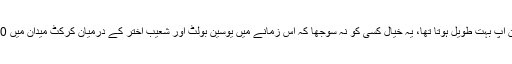
ویسے شعیب اختر کا باؤلنگ رن اپ بہت طویل ہوتا تھا، یہ خیال کسی کو نہ سوجھا کہ اس زمانے میں یوسین بولٹ اور شعیب اختر کے درمیان کرکٹ میدان میں 100 میٹر کی دوڑ کروا لی جاتی۔